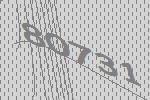
80731